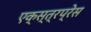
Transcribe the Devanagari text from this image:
एक्स्त्रप्रेस